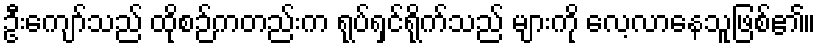
ဦးကျော်သည် ထိုစဉ်ကတည်းက ရုပ်ရှင်ရိုက်သည် များကို လေ့လာနေသူဖြစ်၏။